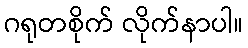
ဂရုတစိုက် လိုက်နာပါ။